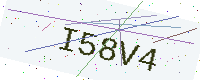
Text: I58V4